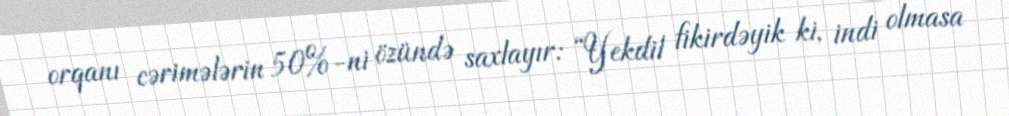
orqanı cərimələrin 50%-ni özündə saxlayır: “Yekdil fikirdəyik ki, indi olmasa